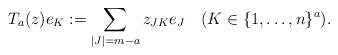
LaTeX: \begin{align*}T_{a}(z)e_K:=\sum_{|J|=m-a}z_{JK}e_{J}\quad(K\in\{1,\ldots,n\}^{a}).\end{align*}